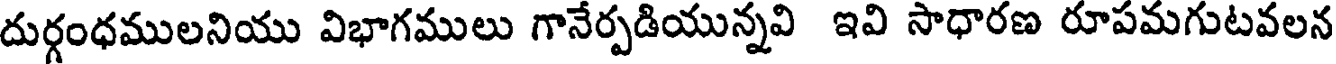
దుర్గంధములనియు విభాగములు గానేర్పడియున్నవి ఇవి సాధారణ రూపమగుటవలన